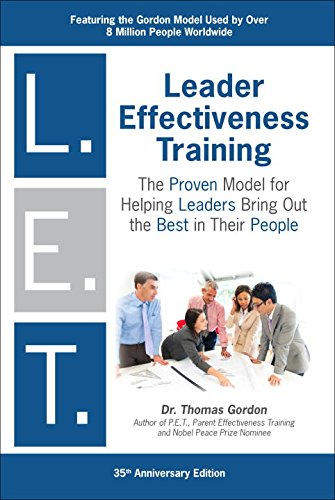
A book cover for Leader Effectiveness Training: L.E.T. (Revised): "L.E.T."; Thomas Gordon; Business & Money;